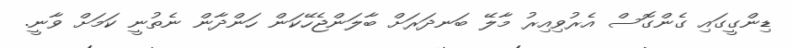
ޑިންގީގައި ގެންގޮސް އެރުވިއިރު މާލޭ ބަނދަރަށް ބާލަންޖެހޭކަން ހަންދާން ނެތުނީ ކަމަށް ވާނީ.